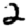
Digit: 2